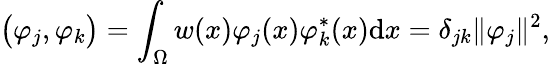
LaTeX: \big(\varphi_{j},\varphi_{k}\big)=\int_{\Omega}w(x)\varphi_{j}(x)\varphi_{k}^{\ast}(x)\mathrm{d}x=\delta_{jk}\lVert\varphi_{j}\rVert^{2},